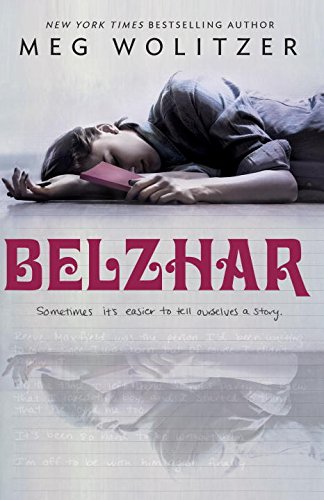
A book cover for Belzhar; Meg Wolitzer; Teen & Young Adult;